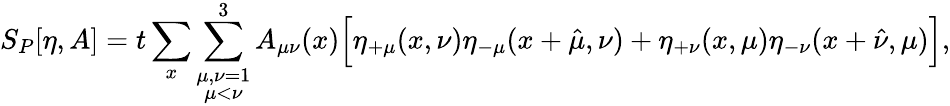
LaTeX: S_{P}[\eta,A]=t\sum_{x}\sum_{\stackrel{\scriptstyle\mu,\nu=1}{\mu<\nu}}^{3}A_{\mu\nu}(x)\Big[\eta_{+\mu}(x,\nu)\eta_{-\mu}(x+\hat{\mu},\nu)+\eta_{+\nu}(x,\mu)\eta_{-\nu}(x+\hat{\nu},\mu)\Big],